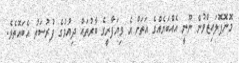
މޮނޮޕޮލައިޒްވުން ނޫނީ އެއްބަޔެއްގެ އަތަށް އެ ވިޔަފާރީގެ ބާރުތައް ދިއުމުގެ ފުރުސަތު އެބައޮތެވެ.